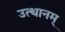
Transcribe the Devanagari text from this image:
उत्थानम्